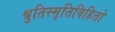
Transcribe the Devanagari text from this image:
श्रुतिस्मृतिविहितो